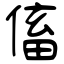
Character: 傗